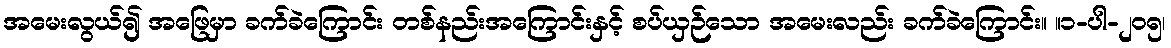
အမေးလွယ်၍ အဖြေမှာ ခက်ခဲကြောင်း တစ်နည်းအကြောင်းနှင့် စပ်ယှဉ်သော အမေးလည်း ခက်ခဲကြောင်း။ ။၁-ပါ-၂၀၅၊